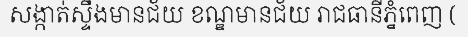
សង្កាត់ស្ទឹងមានជ័យ ខណ្ឌមានជ័យ រាជធានីភ្នំពេញ (